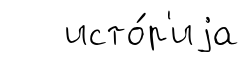
исто́р'иjа